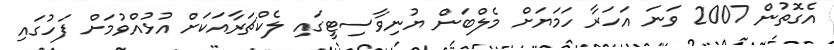
އެގޮތުން 2007 ވަނަ އަހަރާ ހަމަޔަށް މެލްބަން ޔުނިވާސިޓީގައި ލެކްޗަރާއަކަށް އުޅުއްވުމަށް ފަހުގައި